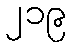
၂၁၉